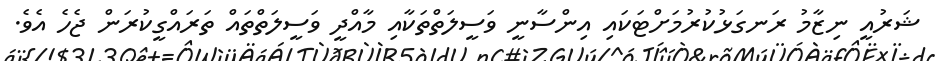
ޝަރުއީ ނިޒާމު ރަނގަޅުކުރުމަށްޓަކައި އިންސާނީ ވަސީލަތްތަކާއި މާއްދީ ވަސީލަތްތައް ތަރައްގީކުރަން ޖެހެ އެވެ.